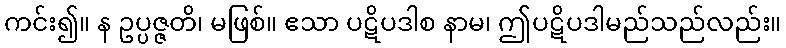
ကင်း၍။ န ဥပ္ပဇ္ဇတိ၊ မဖြစ်။ ဧသာ ပဋိပဒါစ နာမ၊ ဤပဋိပဒါမည်သည်လည်း။